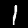
Label: 1